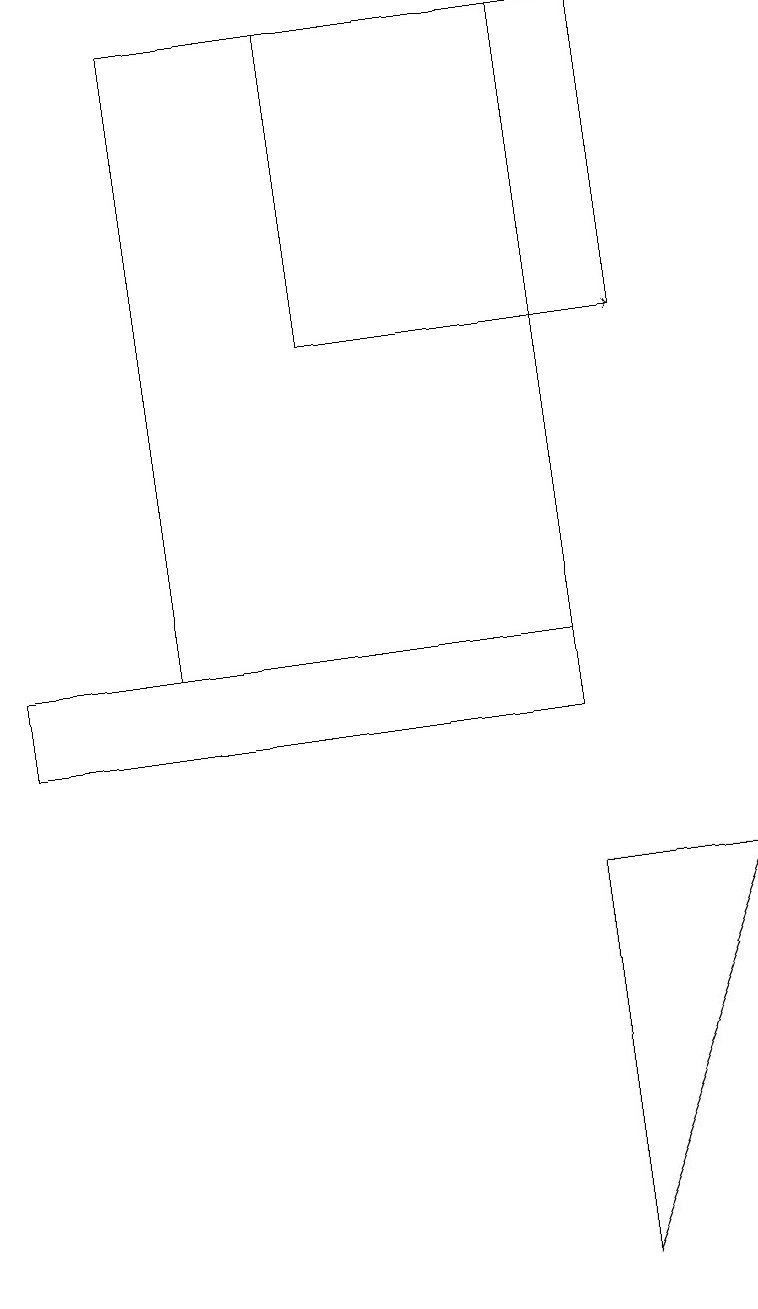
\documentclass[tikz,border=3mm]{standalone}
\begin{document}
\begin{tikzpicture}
\draw (7,8) -- (9,8) -- (7,3) -- cycle;
\draw (7,19) rectangle (2,11);
\draw (7,11) rectangle (0,10);
\draw (4,19) rectangle (8,15);
\draw[->] (4,15) -- (8,15);
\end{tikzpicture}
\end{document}